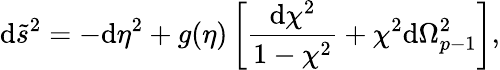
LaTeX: \mathrm{d}\tilde{{s}}^{2}=-\mathrm{d}\eta^{2}+g(\eta)\left[{\frac{{\mathrm{d}\chi^{2}}}{{1-\chi^{2}}}}+\chi^{2}\mathrm{d}\Omega_{p-1}^{2}\right],